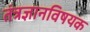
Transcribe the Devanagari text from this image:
तंत्रज्ञानविषयक